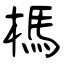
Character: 榪